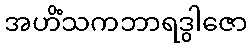
အဟိံသကဘာရဒွါဇော